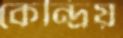
কেন্দ্রিয়